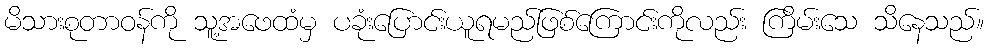
မိသားစုတာဝန်ကို သူ့အဖေထံမှ ပခုံးပြောင်းယူရမည်ဖြစ်ကြောင်းကိုလည်း ကြိမ်းသေ သိနေသည်။